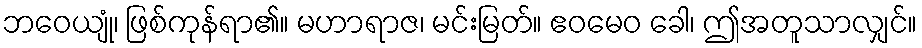
ဘဝေယျုံ၊ ဖြစ်ကုန်ရာ၏။ မဟာရာဇ၊ မင်းမြတ်။ ဧဝမေဝ ခေါ၊ ဤအတူသာလျှင်။